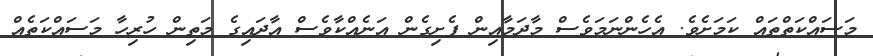
މަސައްކަތްތައް ކަމަށެވެ. އެހެންނަމަވެސް މާދަމާއިން ފެށިގެން އަނެއްކާވެސް އާދައިގެ މަތިން ހުރިހާ މަސައްކަތެއް